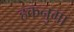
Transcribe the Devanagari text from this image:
हकनुमा